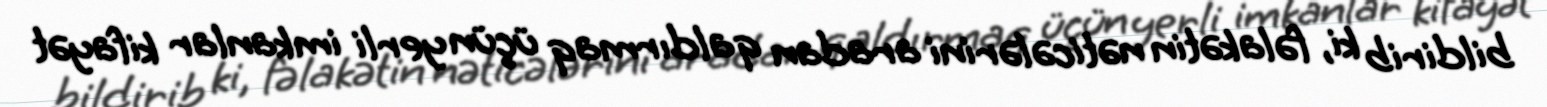
bildirib ki, fəlakətin nəticələrini aradan qaldırmaq üçün yerli imkanlar kifayət